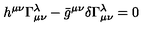
h ^ { \mu \nu } \Gamma _ { \mu \nu } ^ { \lambda } - \bar { g } ^ { \mu \nu } \delta \Gamma _ { \mu \nu } ^ { \lambda } = 0